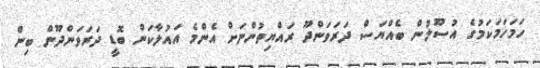
ހަމަހަމަކަމުގެ އުސޫލުން ބެއްޔަސް ދަރަވަންދޫ ރައްޔިތުންނަށް އެންމެ އައުލާކަން ބޮޑީ ދަރަވަންދޫން ބިން